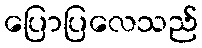
ပြောပြလေသည်